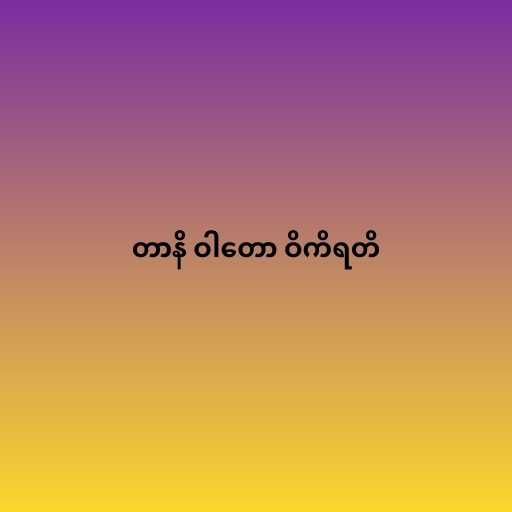
တာနိ ဝါတော ဝိကိရတိ